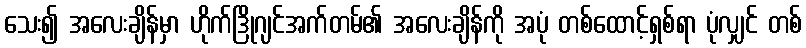
သေး၍ အလေးချိန်မှာ ဟိုက်ဒြိုဂျင်အက်တမ်၏ အလေးချိန်ကို အပုံ တစ်ထောင့်ရှစ်ရာ ပုံလျှင် တစ်